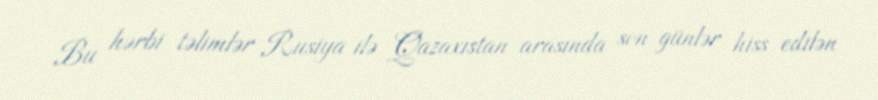
Bu hərbi təlimlər Rusiya ilə Qazaxıstan arasında son günlər hiss edilən